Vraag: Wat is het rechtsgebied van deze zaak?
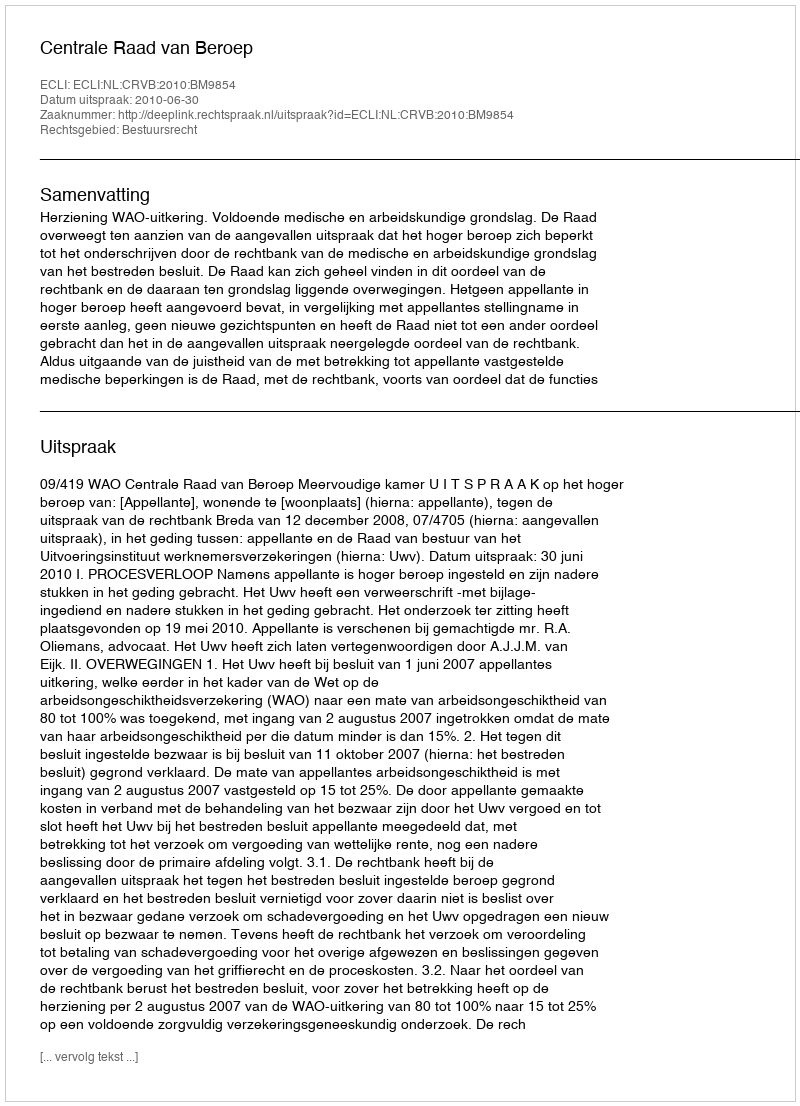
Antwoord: Bestuursrecht